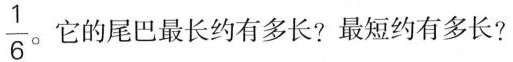
\frac{1}{6} 。它的尾巴最长约有多长?最短约有多长?